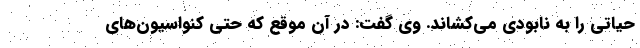
حیاتی را به نابودی می‌کشاند. وی گفت: در آن موقع که حتی کنواسیون‌های